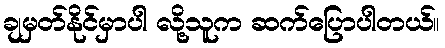
ချမှတ်နိုင်မှာပါ လို့သူက ဆက်ပြောပါတယ်။